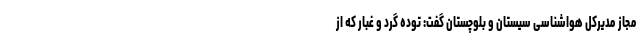
مجاز مدیرکل هواشناسی سیستان و بلوچستان گفت: توده گرد و غبار که از